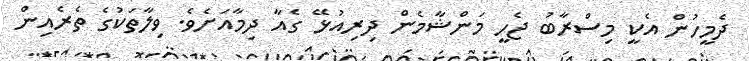
ދެމީހުން އެކީ މިސްރާބު ޖެހީ މަންޝާމެން ދިރިއުޅޭ ގެއާ ދިމާއަށެވެ. ވިލާތަކުގެ ތެރެއިން